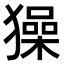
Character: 𤢖